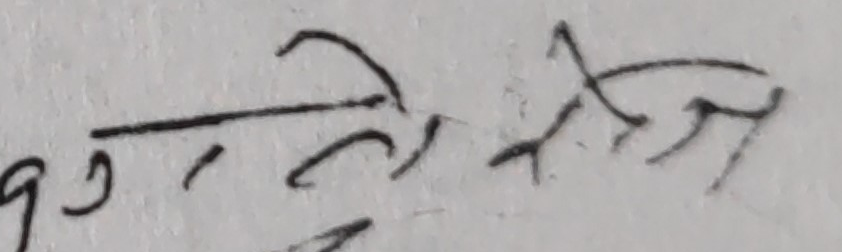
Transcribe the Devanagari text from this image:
१७ त्रिनार